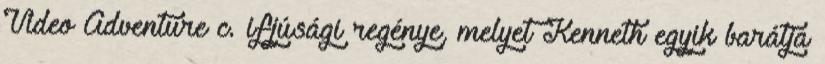
Video Adventure c. ifjúsági regénye, melyet Kenneth egyik barátja